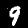
Digit: 9